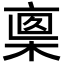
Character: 𣖈